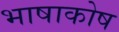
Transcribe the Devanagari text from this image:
भाषाकोष